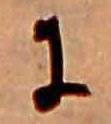
に